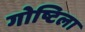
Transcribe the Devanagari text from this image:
गोष्टिला